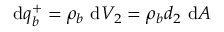
\mathrm { d } q _ { b } ^ { + } = \rho _ { b } \ \mathrm { d } V _ { 2 } = \rho _ { b } d _ { 2 } \ \mathrm { d } A